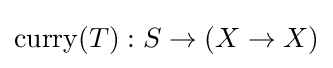
\operatorname {curry} (T):S\to (X\to X)